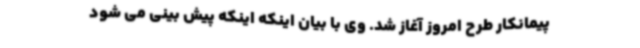
پیمانکار طرح امروز آغاز شد. وی با بیان اینکه اینکه پیش بینی می شود